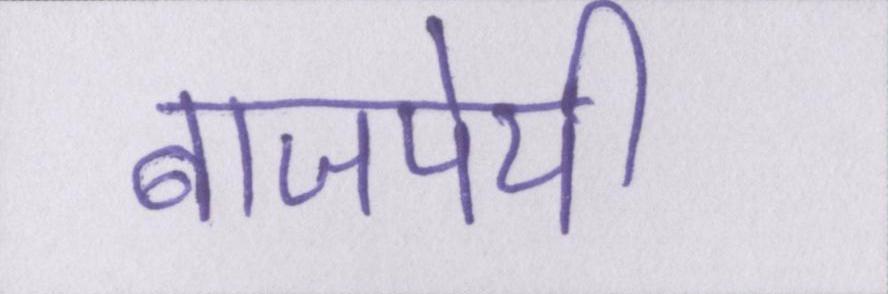
बाजपेयी